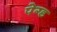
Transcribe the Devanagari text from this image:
पेग्ड